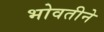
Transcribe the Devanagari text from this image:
भोवतीने